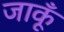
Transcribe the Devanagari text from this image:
जाकूँ